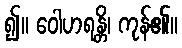
၍။ ဝေါဟရန္တိ၊ ကုန်၏။